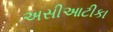
અસીઆટીકા